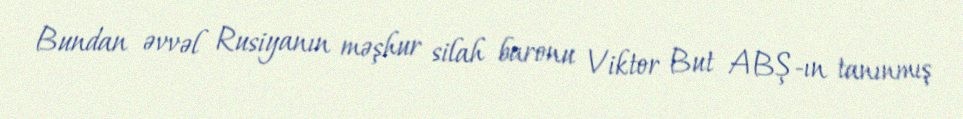
Bundan əvvəl Rusiyanın məşhur silah baronu Viktor But ABŞ-ın tanınmış